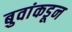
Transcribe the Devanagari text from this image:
बुवांकडून